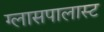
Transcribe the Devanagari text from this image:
ग्लासपालास्ट